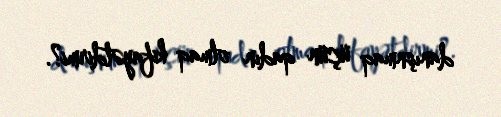
danışnmaq üçün qadın olmaq kifayətdirmi?.